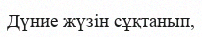
Дүние жүзін сұқтанып,